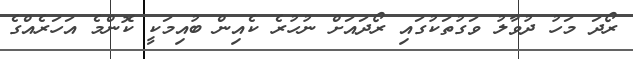
ރޯދަ މަހު ދުވާލު ވަގުތަކުގައި ރޯދައަށް ނުހުރެ ކެއިން ބުއިމަކީ ކޮންމެ އަހަރެއްގެ